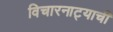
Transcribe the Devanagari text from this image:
विचारनाट्याची